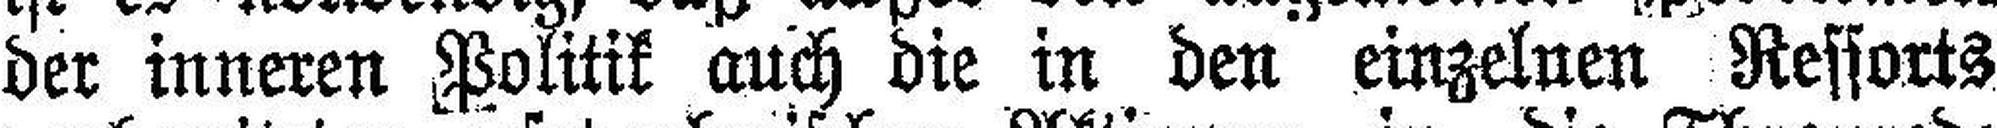
der inneren Politik auch die in den einzelnen Ressorts